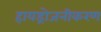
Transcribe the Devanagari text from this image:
हायड्रोजनीकरण